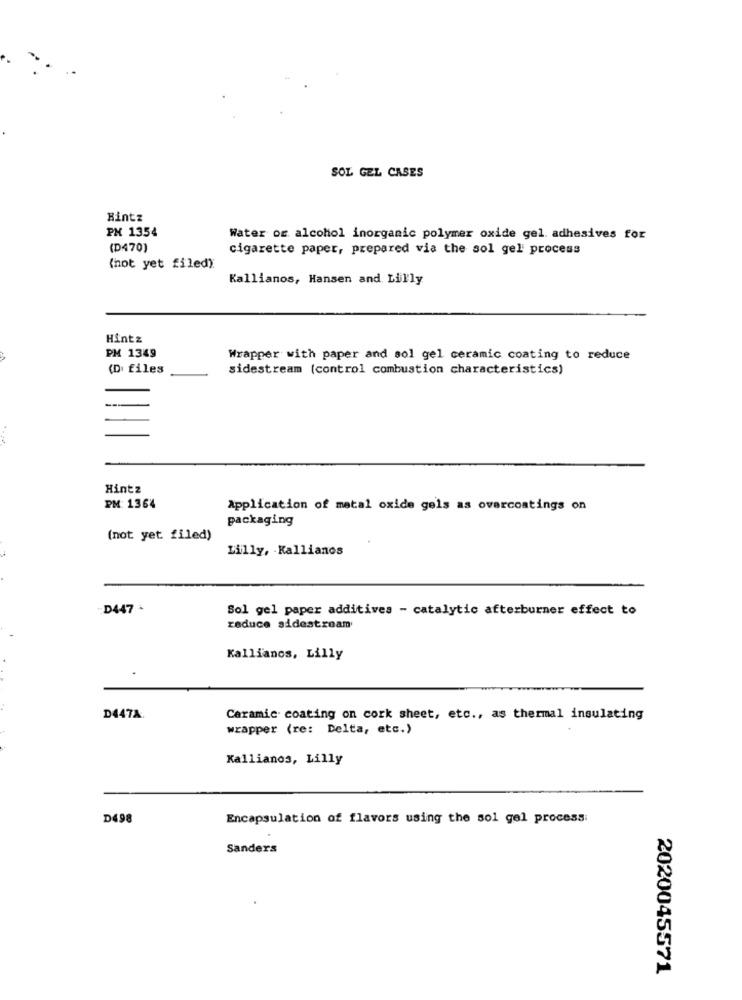
SOL GEL CASES
Hintz
PM 1354
Water or alcohol inorganic polymer oxide gel. adhesives for
(D470)
cigarette paper, prepared via the sol gel process
(not yet filed).
Kallianos, Hansen and Lilly
Hintz
PM 1349
Wrapper with paper and sol gel ceramic coating to reduce
(Di files
sidestream (control combustion characteristics)
Hintz
PM: 1364
Application of metal oxide gels as overcoatings on
packaging
(not yet filed)
Lilly, Kallianos
D447 -
Sol gel paper additives - catalytic afterburner effect to
reduce sidestream
Kallianos, Lilly
D447A.
Ceramic coating on cork sheet, etc ., as thermal insulating
wrapper (re: Delta, etc.)
Kallianos, Lilly
D498
Encapsulation of flavors using the sol gel process:
Sanders
2020045571